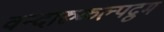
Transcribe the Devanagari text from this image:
वन्दारुकल्पद्रुम